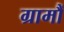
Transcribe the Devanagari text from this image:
ग्रामौं